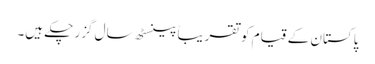
پاکستان کے قیام کو تقریباً پینسٹھ سال گزر چکے ہیں۔